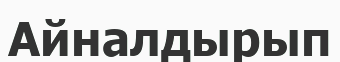
Айналдырып